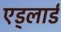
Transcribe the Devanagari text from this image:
एड्लार्ड